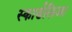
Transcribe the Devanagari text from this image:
स्कार्डलिजा